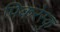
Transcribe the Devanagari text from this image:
पिकरेस्कु